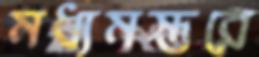
মধ্যমস্তরে